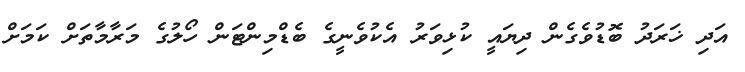
އަދި ޚަރަދު ބޮޑުވެގެން ދިޔައީ ކުޅިވަރު އެކުވެނީގެ ބެޑްމިންޓަން ހޯލުގެ މަރާމާތަށް ކަމަށް